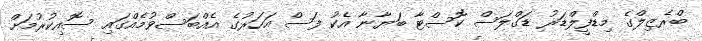
ބްރެޒިލްގެ މިޑްފީލްޑަރު ޑަގްލަސް ކޮސްޓާ ބަޔާނާ އެކު ފަސް އަހަރުގެ އެއްބަސްވުމެއްގައި ސޮއިކުރުމަށް